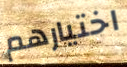
اختيارهم